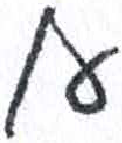
אות: א